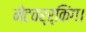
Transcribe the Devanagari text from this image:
नेटवर्र्किंग।